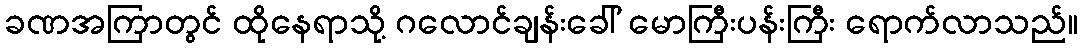
ခဏအကြာတွင် ထိုနေရာသို့ ဂလောင်ချန်းခေါ် မောကြီးပန်းကြီး ရောက်လာသည်။